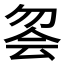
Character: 𱐹